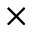
\times